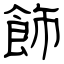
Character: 飾